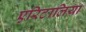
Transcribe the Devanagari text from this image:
एरिटालिया